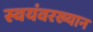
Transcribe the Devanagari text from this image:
स्वयंवरख्यान